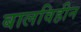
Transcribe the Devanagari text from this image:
बालविहीन